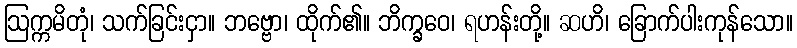
ဩက္ကမိတုံ၊ သက်ခြင်းငှာ။ ဘဗ္ဗော၊ ထိုက်၏။ ဘိက္ခဝေ၊ ရဟန်းတို့။ ဆဟိ၊ ခြောက်ပါးကုန်သော။